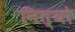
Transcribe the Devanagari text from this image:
नित्यो